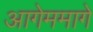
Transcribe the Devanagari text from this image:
आगेममागे